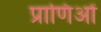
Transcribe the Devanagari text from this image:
प्राणिओं